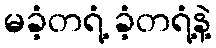
မခံ့တရံ့ ခံ့တရံ့နဲ့